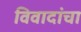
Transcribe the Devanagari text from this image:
विवादांचा